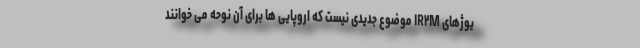
یوژهای IR۲M موضوع جدیدی نیست که اروپایی ها برای آن نوحه می خوانند